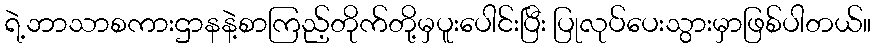
ရဲ့ဘာသာစကားဌာနနဲ့စာကြည့်တိုက်တို့မှပူးပေါင်းပြီး ပြုလုပ်ပေးသွားမှာဖြစ်ပါတယ်။